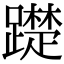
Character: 𨆄